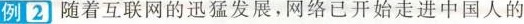
例2 随着互联网的迅猛发展，网络已开始走进中国人的